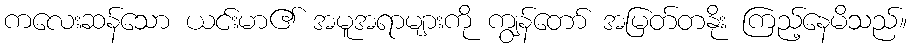
ကလေးဆန်သော ယင်းမာ၏ အမူအရာများကို ကျွန်တော် အမြတ်တနိုး ကြည့်နေမိသည်။